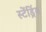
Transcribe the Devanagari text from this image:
स्टेंड्रिंग